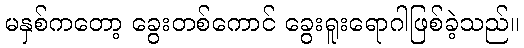
မနှစ်ကတော့ ခွေးတစ်ကောင် ခွေးရူးရောဂါဖြစ်ခဲ့သည်။